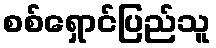
စစ်ရှောင်ပြည်သူ